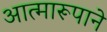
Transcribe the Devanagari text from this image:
आत्मारूपाने